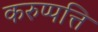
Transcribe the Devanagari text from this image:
करुप्पत्ति